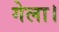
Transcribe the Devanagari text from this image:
गेला।